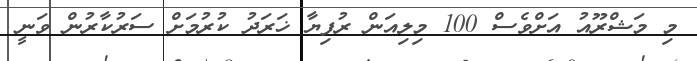
މި މަޝްރޫއު އަށްވެސް 100 މިލިއަން ރުފިޔާ ޚަރަދު ކުރުމަށް ސަރުކާރުން ވަނީ